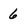
Character: 6